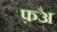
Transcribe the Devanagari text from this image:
फ़अ